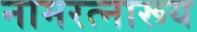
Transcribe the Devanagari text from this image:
नामरत्नारूय